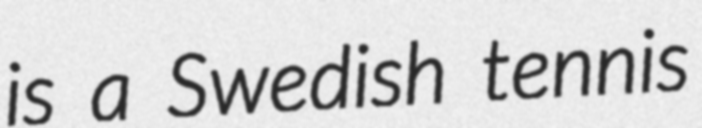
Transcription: is a Swedish tennis